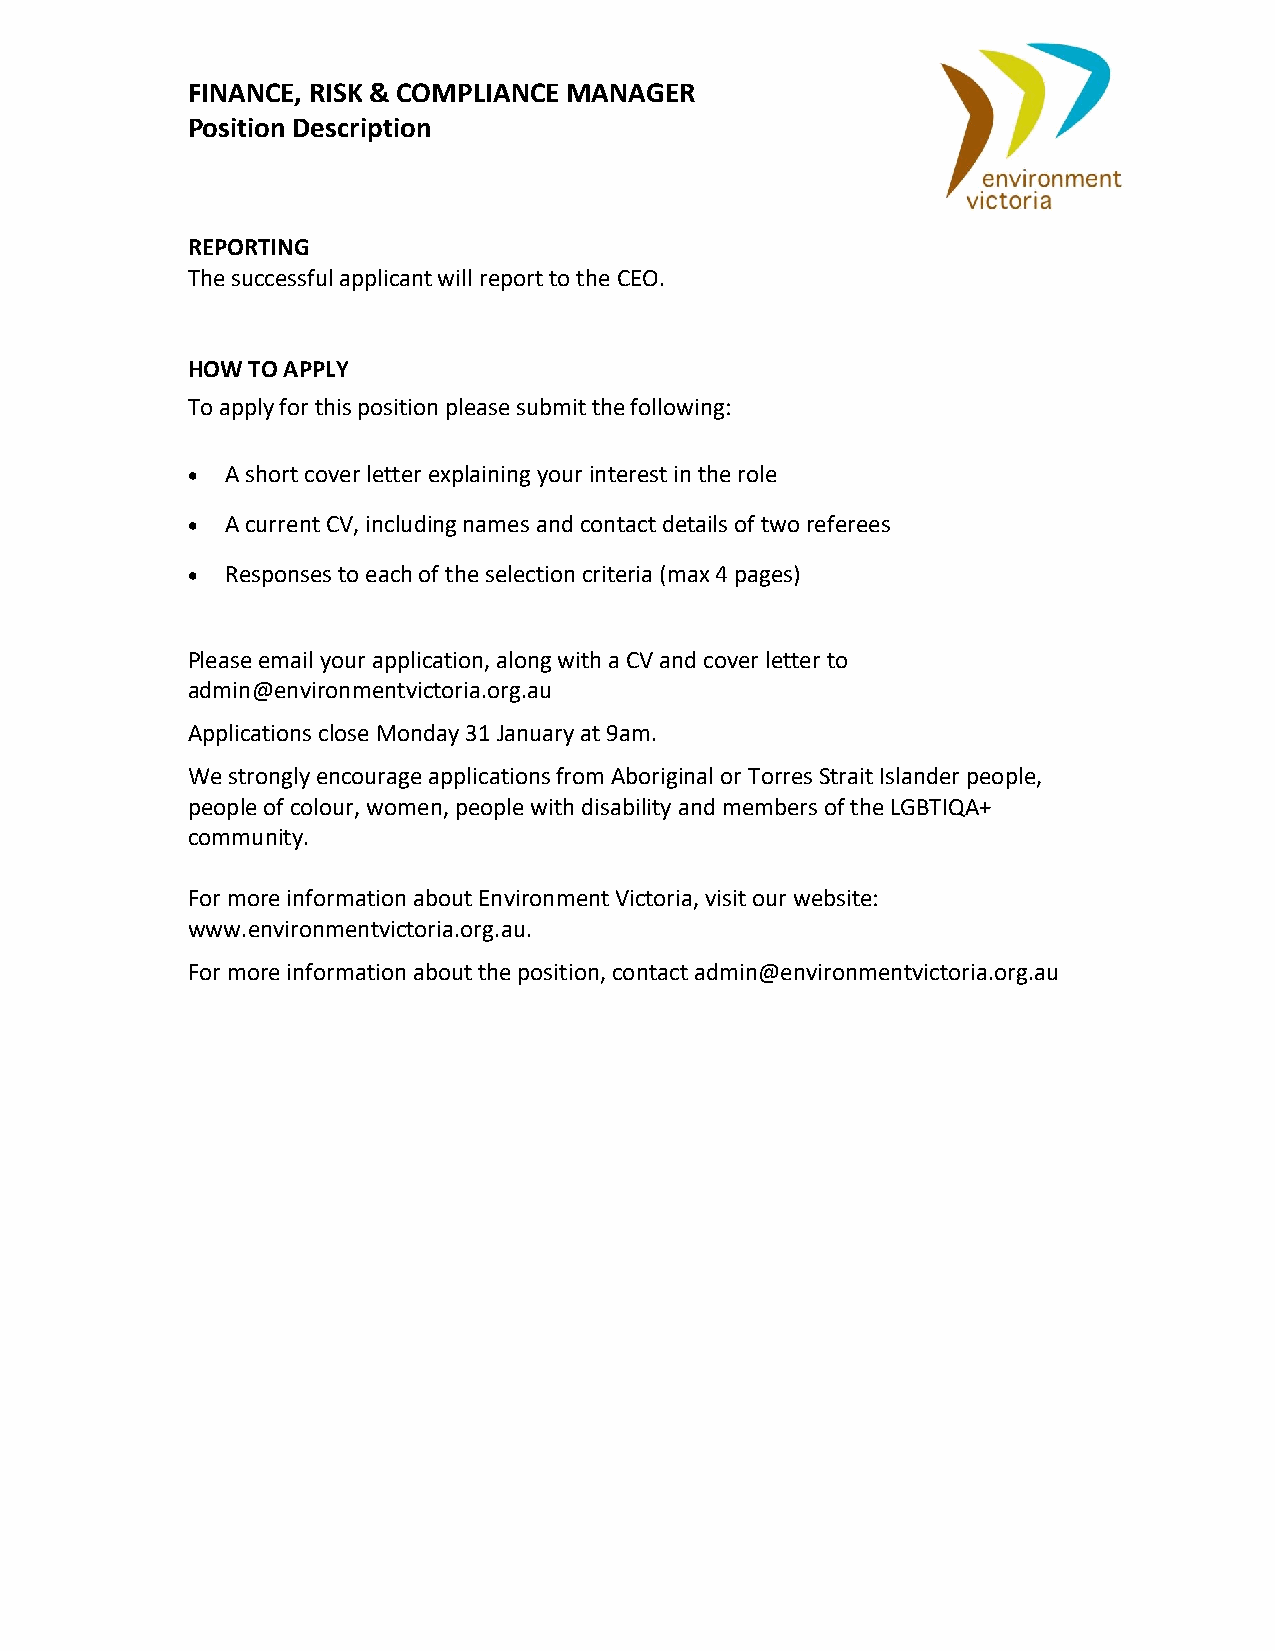
FINANCE, RISK & COMPLIANCE MANAGER
 Position Description
 REPORTING
 The successful applicant will report to the CEO.
 HOW TO APPLY
 To apply for this position please submit the following:
 •  A short cover letter explaining your interest in the role
 •  A current CV, including names and contact details of two referees
 •  Responses to each of the selection criteria (max 4 pages)
 Please email your application, along with a CV and cover letter to
 admin@environmentvictoria.org.au
 Applications close Monday 31 January at 9am.
 We strongly encourage applications from Aboriginal or Torres Strait Islander people,
 people of colour, women, people with disability and members of the LGBTIQA+
 community.
 For more information about Environment Victoria, visit our website:
 www.environmentvictoria.org.au.
 For more information about the position, contact admin@environmentvictoria.org.au